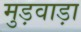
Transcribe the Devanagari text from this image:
मुड़वाड़ा